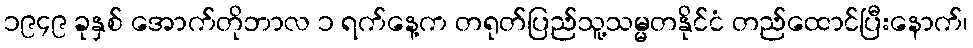
၁၉၄၉ ခုနှစ် အောက်တိုဘာလ ၁ ရက်နေ့က တရုတ်ပြည်သူ့သမ္မတနိုင်ငံ တည်ထောင်ပြီးနောက်၊